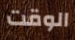
الوقت